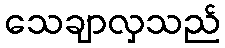
သေချာလှသည်